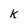
Character: K